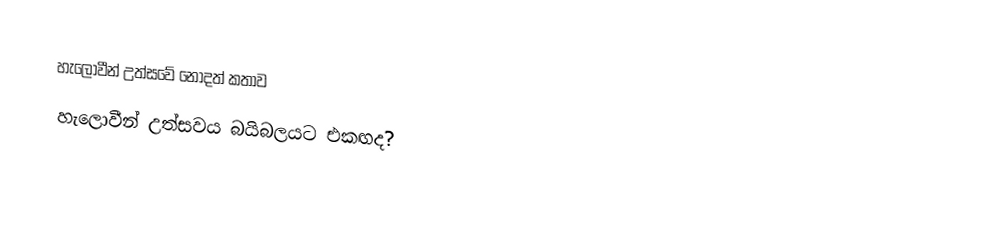
හැලොවීන් උත්සවේ නොදත් කතාව
 හැලොවීන් උත්සවය බයිබලයට එකඟද?